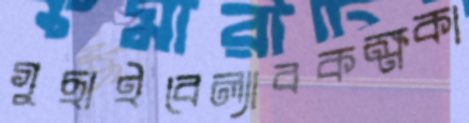
গুছাইবেল্যাবকক্ষকা